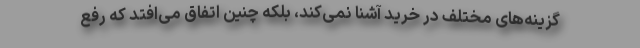
گزینه‌های مختلف در خرید آشنا نمی‌کند، بلکه چنین اتفاق می‌افتد که رفع